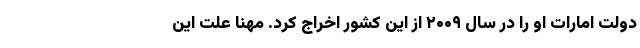
دولت امارات او را در سال ۲۰۰۹ از این کشور اخراج کرد. مهنا علت این